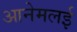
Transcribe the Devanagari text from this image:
आनेमलई